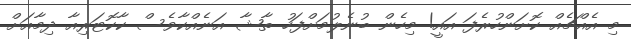
މި އެއްޗެއް ކޮށަންހުރެފަ އައީ! މިހެން ބުނެލުމަށްފަހު ތާޝާ އަނެއްކާވެސް ކާކޮޓަރިއާ ދިމާއަށް